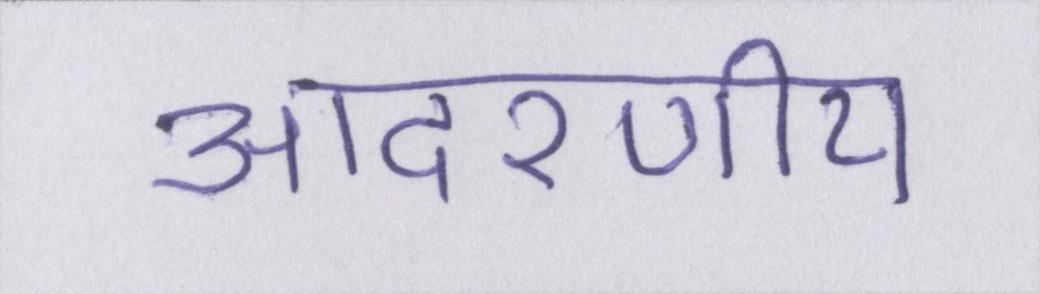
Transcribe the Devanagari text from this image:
आदरणीय